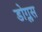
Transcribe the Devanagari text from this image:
डोग्लस